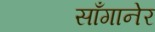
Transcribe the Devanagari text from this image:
साँगानेर